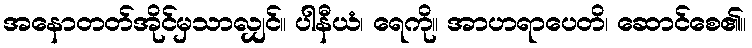
အနောတတ်အိုင်မှသာလျှင်။ ပါနီယံ၊ ရေကို။ အာဟရာပေတိ၊ ဆောင်စေ၏။